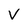
Character: v